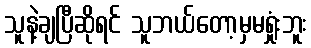
သူနဲ့ချပြီဆိုရင် သူဘယ်တော့မှမရှုံးဘူး